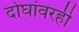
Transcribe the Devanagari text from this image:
दोघांवरही